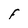
Character: F